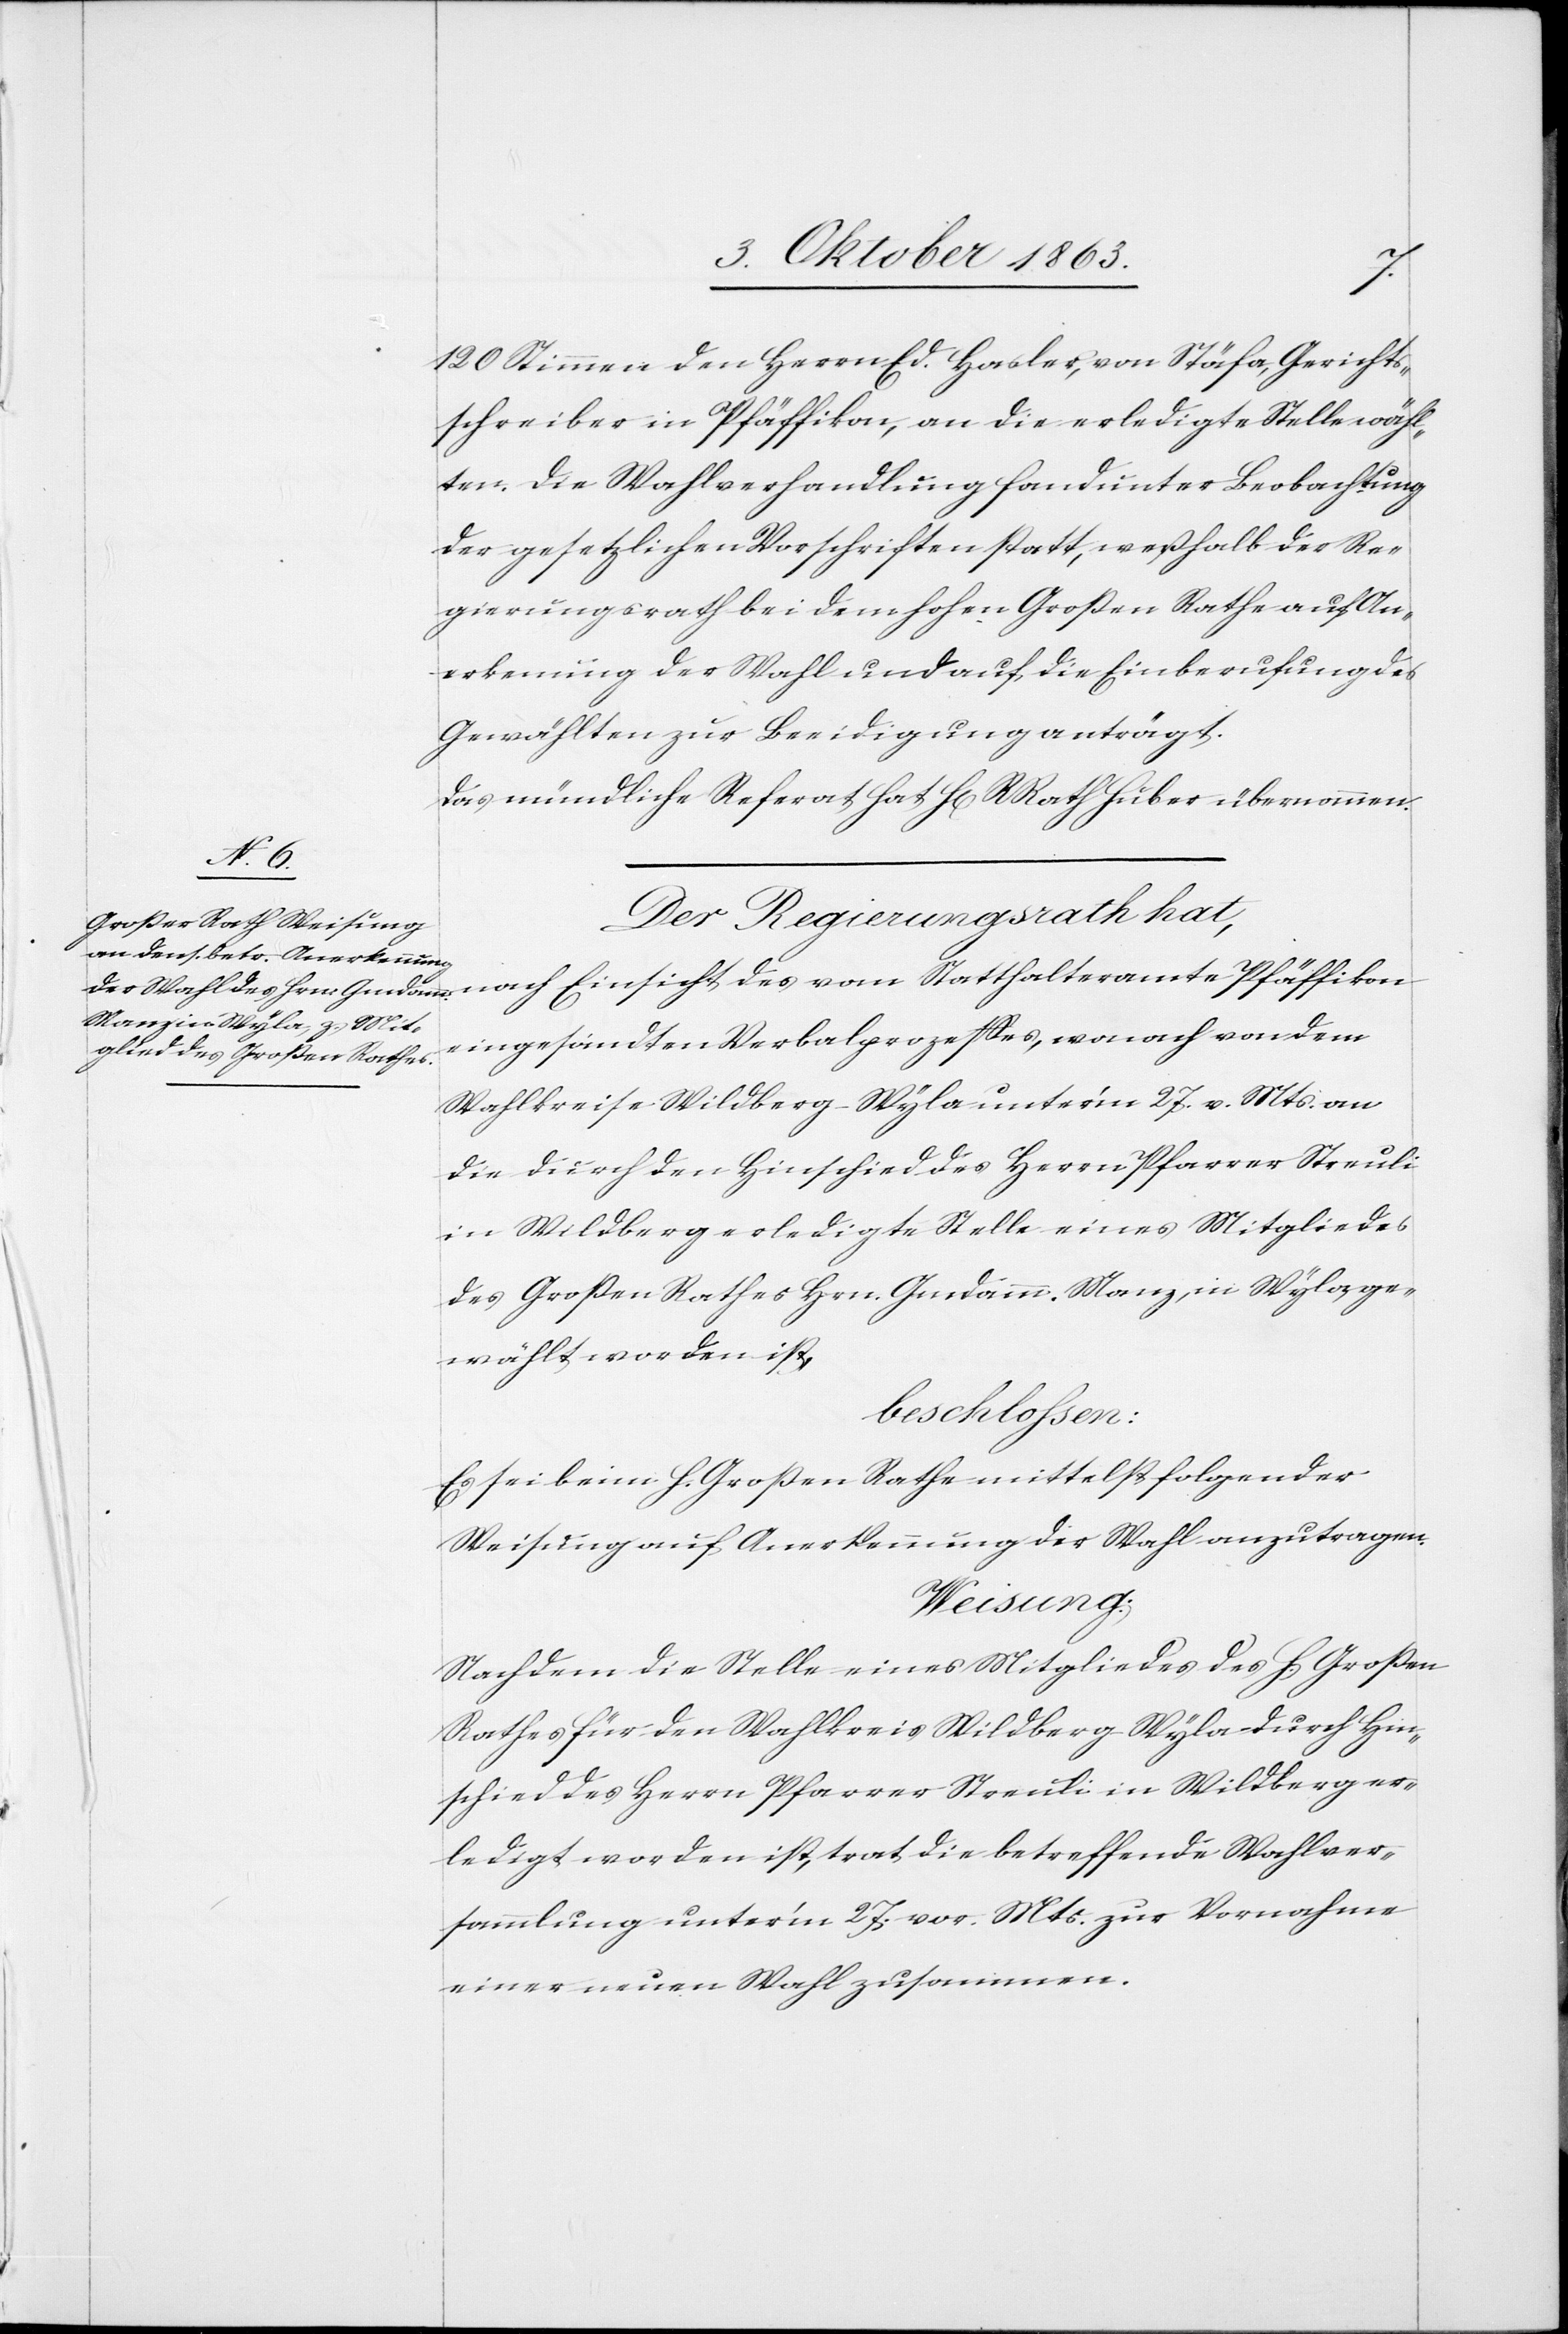
120 Stimmen den Herrn Ed. Hasler, von Stäfa, Gerichts¬
schreiber in Pfäffikon, an die erledigte Stelle wähl¬
ten. Die Wahlverhandlung fand unter Beobachtung
der gesetzlichen Vorschriften statt, weßhalb der Re¬
gierungsrath bei dem hohen Großen Rathe auf An¬
erkenung der Wahl und auf die Einberufung des
Gewählten zur Beeidigung anträgt.
Das mündliche Referat hat H[err] RRath Huber übernommen.
Der Regierungsrath hat,
nach Einsicht des vom Statthalteramte Pfäffikon
eingesandten Verbalprozesses, wonach von dem
Wahlkreise Wildberg-Wyla unter'm 27. v. Mts. an
die durch den Hinschied des Herrn Pfarrer Streuli
in Wildberg erledigte Stelle eines Mitgliedes
des Großen Rathes Hrn. Gmdamm. Manz, in Wyla ge¬
wählt worden ist,
beschlossen:
Es sei beim h. Großen Rathe mittelst folgender
Weisung auf Anerkennung der Wahl anzutragen.
Weisung:
Nachdem die Stelle eines Mitgliedes des h. Großen
Rathes für den Wahlkreis Wildberg-Wyla durch Hin¬
schied des Herrn Pfarrer Streuli in Wildberg er¬
ledigt worden ist, trat die betreffende Wahlver¬
sammlung unter'm 27. vor. Mts. zur Vornahme
einer neuen Wahl zusammen.